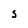
Character: S